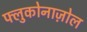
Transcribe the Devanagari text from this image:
फ्लुकोनाज़ोल